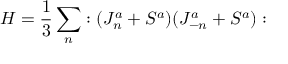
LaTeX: H = \frac { 1 } { 3 } \sum _ { n } : ( J _ { n } ^ { a } + S ^ { a } ) ( J _ { - n } ^ { a } + S ^ { a } ) :